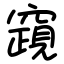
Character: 竀